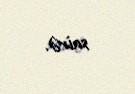
sairə.